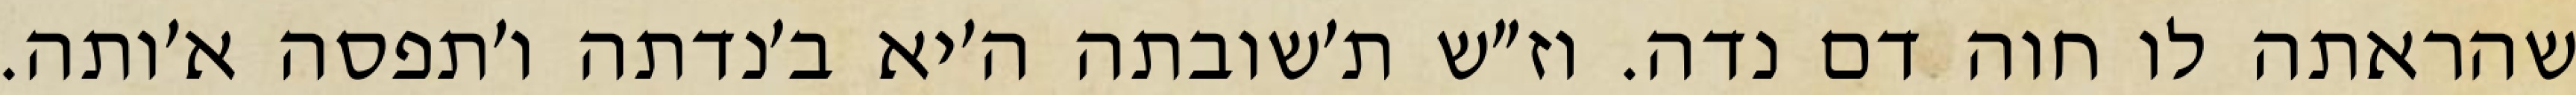
שהראתה לו חוה דם נדה. וז״ש ת׳שובתה ה׳יא ב׳נדתה ו׳תפסה א׳ותה.